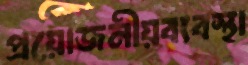
প্রয়োজনীয়ব্যবস্থা